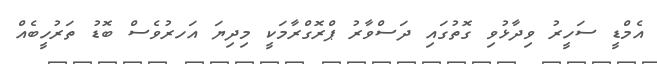
އެމްޑީ ސަހީރު ވިދާޅުވި ގޮތުގައި ދަސްވާރު ޕްރޮގްރާމަކީ މިދިޔަ އަހރުވެސް ބޮޑު ތަރުހީބެއް